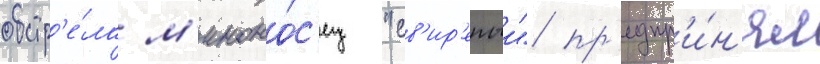
обстр'е́ла м'иноно́с'ец "св'ир'епыи" пр'едпр'и́н'ял